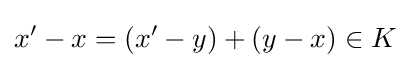
x'-x=(x'-y)+(y-x)\in K